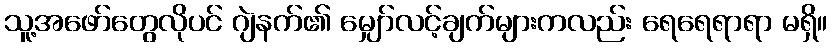
သူ့အဖော်တွေလိုပင် ဂျဲနက်၏ မျှော်လင့်ချက်များကလည်း ရေရေရာရာ မရှိ။